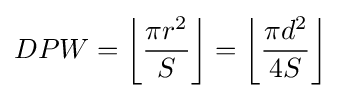
DPW=\left\lfloor {\frac {\pi r^{2}}{S}}\right\rfloor =\left\lfloor {\frac {\pi d^{2}}{4S}}\right\rfloor